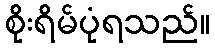
စိုးရိမ်ပုံရသည်။